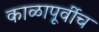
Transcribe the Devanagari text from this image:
काळापूर्वीच